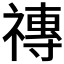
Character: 𥛥